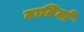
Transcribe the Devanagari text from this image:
ढाढियों